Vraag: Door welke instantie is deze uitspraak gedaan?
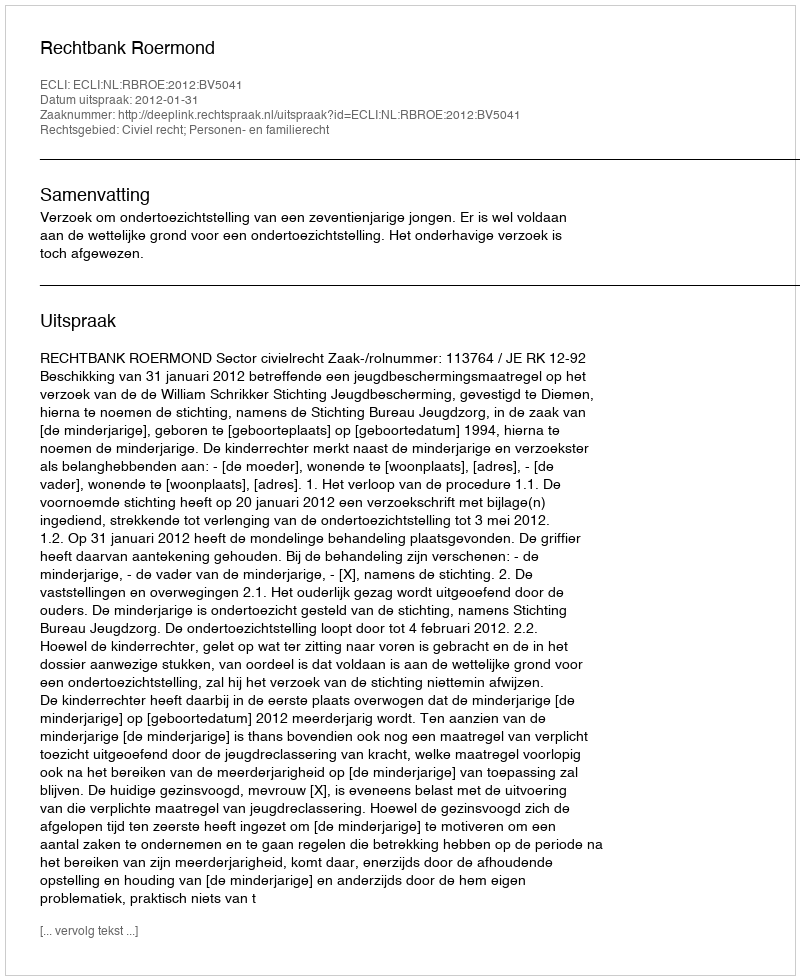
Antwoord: Rechtbank Roermond